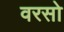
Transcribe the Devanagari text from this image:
वरसो